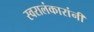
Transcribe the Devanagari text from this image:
स्वरालंकारांनी